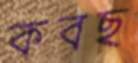
কবছ